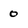
Character: o